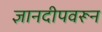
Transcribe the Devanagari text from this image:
ज्ञानदीपवरून